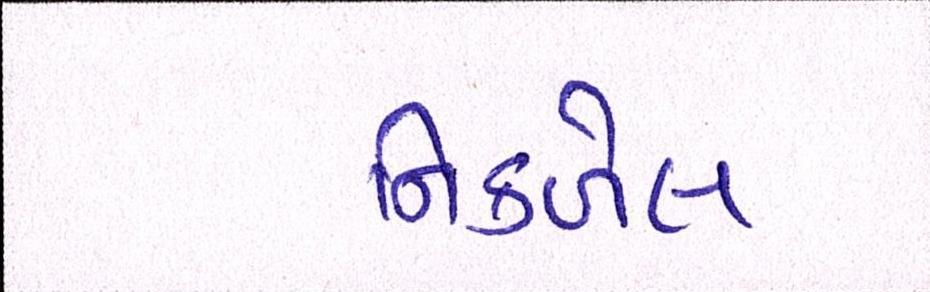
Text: નિકળેલ